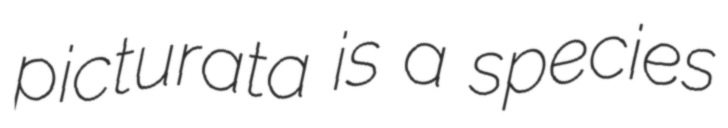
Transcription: picturata is a species